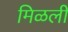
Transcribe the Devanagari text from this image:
मिळली